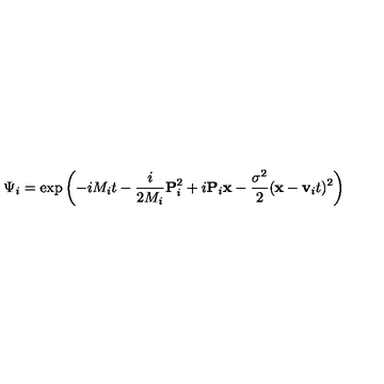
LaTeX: \Psi _ { i } = \exp \left( - i M _ { i } t - \frac { i } { 2 M _ { i } } { \bf P } _ { i } ^ { 2 } + i { \bf P } _ { i } { \bf x } - \frac { \sigma ^ { 2 } } { 2 } ( { \bf x } - { \bf v } _ { i } t ) ^ { 2 } \right)